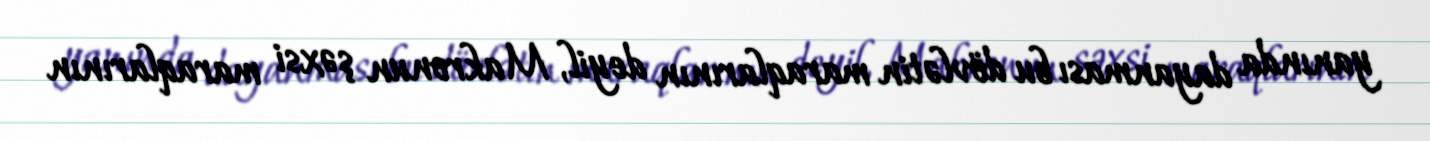
yanında dayanması bu dövlətin maraqlarının deyil, Makronun şəxsi maraqlarının